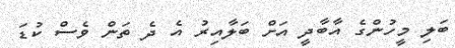
ބަލި މީހުންގެ އާބާދީ އަށް ބަލާއިރު އެ ދެ ތަން ވެސް ކުޑަ